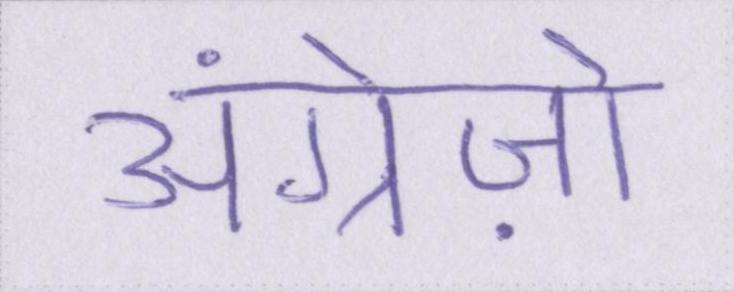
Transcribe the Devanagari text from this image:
अंग्रेज़ो